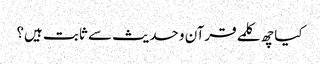
کیا چھ کلمے قرآن و حدیث سے ثابت ہیں؟